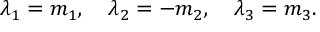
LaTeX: \lambda _ { 1 } = m _ { 1 } , \quad \lambda _ { 2 } = - m _ { 2 } , \quad \lambda _ { 3 } = m _ { 3 } .